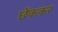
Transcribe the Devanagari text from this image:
छेंककर